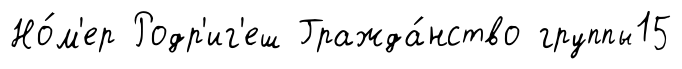
Но́м'ер Родр'иг'еш Гражда́нство группы15